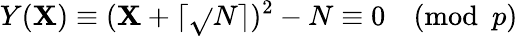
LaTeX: Y(\mathbf{X})\equiv(\mathbf{X}+\lceil{\sqrt{}{{N}}}\rceil)^{2}-N\equiv0{\pmod{p}}